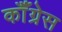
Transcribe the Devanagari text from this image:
कॉँंग्रेस